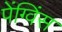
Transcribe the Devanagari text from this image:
पेंग्विंस